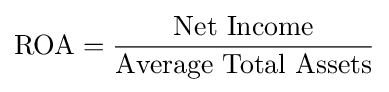
\mathrm {ROA} ={\frac {\mbox{Net Income}}{\mbox{Average Total Assets}}}